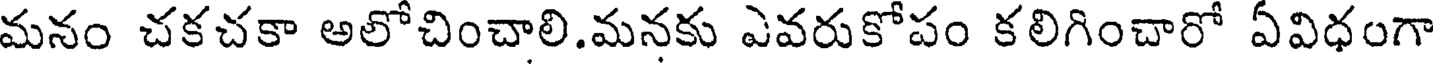
మనం చకచకా అలోచించాలి.మనకు ఎవరుకోపం కలిగించారో ఏవిధంగా